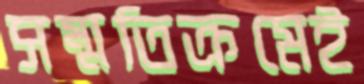
সম্মতিক্রমেই